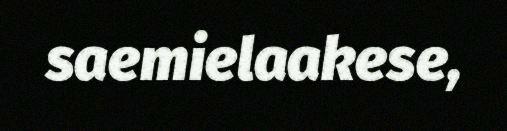
saemielaakese,